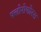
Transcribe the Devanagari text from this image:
फ्लोरोफोरस